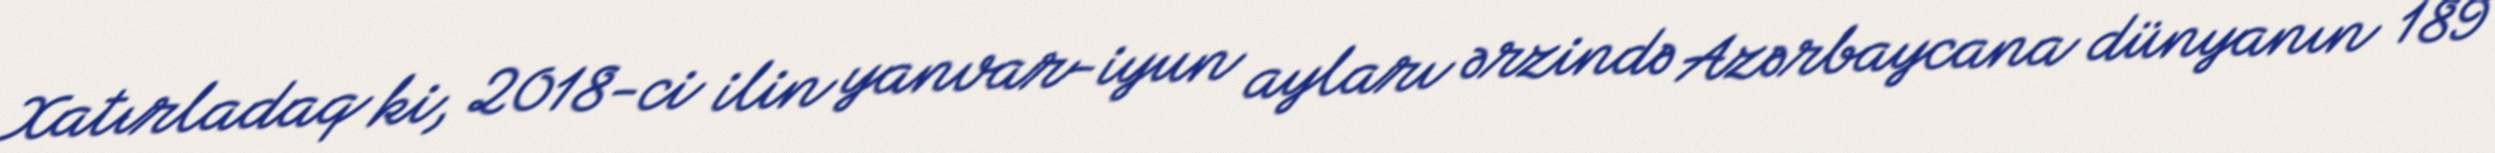
Xatırladaq ki, 2018-ci ilin yanvar-iyun ayları ərzində Azərbaycana dünyanın 189